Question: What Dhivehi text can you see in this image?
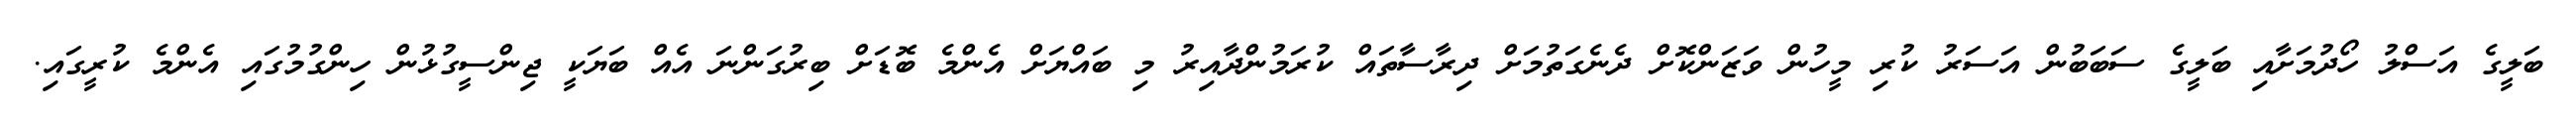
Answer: ބަލީގެ އަސްލު ހޯދުމަށާއި ބަލީގެ ސަބަބުން އަސަރު ކުރި މީހުން ވަޒަންކޮށް ދެނެގަތުމަށް ދިރާސާތައް ކުރަމުންދާއިރު މި ބައްޔަށް އެންމެ ބޮޑަށް ބިރުގަންނަ އެއް ބަޔަކީ ޖިންސީގުޅުން ހިންގުމުގައި އެންމެ ކުރީގައި.